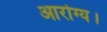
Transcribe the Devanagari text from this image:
आरोग्य।